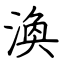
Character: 渙